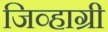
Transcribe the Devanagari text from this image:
जिव्हाग्री